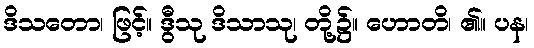
ဒိသတော၊ ဖြင့်။ ဒွီသု ဒိသာသု၊ တို့၌။ ဟောတိ၊ ၏။ ပန၊